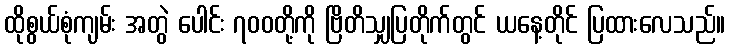
ထိုစွယ်စုံကျမ်း အတွဲ ပေါင်း ၇၀၀တို့ကို ဗြိတိသျှပြတိုက်တွင် ယနေ့တိုင် ပြထားလေသည်။